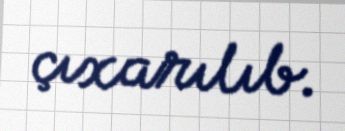
çıxarılıb.